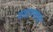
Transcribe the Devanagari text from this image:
वाटाण्याचा